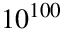
1 0 ^ { 1 0 0 }